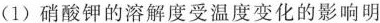
(1)硝酸钾的溶解度受温度变化的影响明